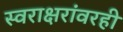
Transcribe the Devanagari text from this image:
स्वराक्षरांवरही